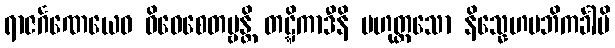
ရာဇင်္ဂဏေယေဝ ဝိဝေစေတဗ္ဗန္တိ တဋ္ဋိကာဒီနိ ဗဟုတ္တသော နိသ္နေဟမဘိကင်္ခါမိ